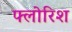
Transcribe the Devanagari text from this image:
फ्लोरिश